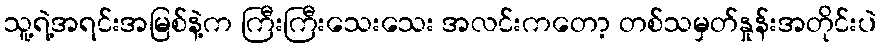
သူ့ရဲ့အရင်းအမြစ်နဲ့က ကြီးကြီးသေးသေး အလင်းကတော့ တစ်သမှတ်နှုန်းအတိုင်းပဲ